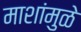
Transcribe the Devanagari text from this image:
माशांमुळे